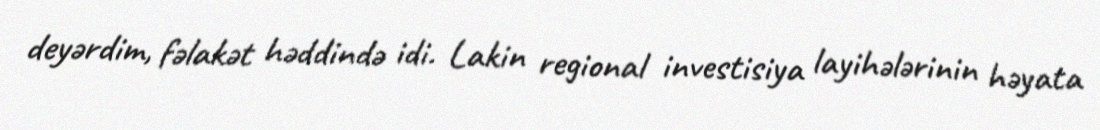
deyərdim, fəlakət həddində idi. Lakin regional investisiya layihələrinin həyata